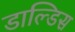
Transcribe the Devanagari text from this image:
डाल्डिस